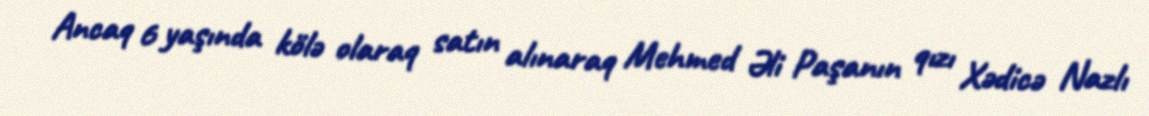
Ancaq 6 yaşında kölə olaraq satın alınaraq Mehmed Əli Paşanın qızı Xədicə Nazlı